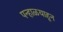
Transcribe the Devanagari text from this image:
पन्हाळयाहून